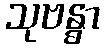
သုဗန္ဓာ